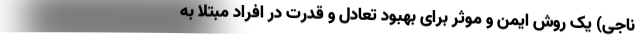
ناجی) یک روش ایمن و موثر برای بهبود تعادل و قدرت در افراد مبتلا به